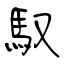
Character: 馭